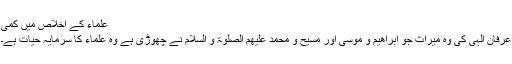
علماء کے اخلاص میں کمی
عرفان الہی کی وہ میراث جو ابراھیم و موسی اور مسیح و محمد علیھم الصلوۃ و السلام نے چھوڑی ہے وہ علماء کا سرمایہ حیات ہے۔